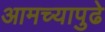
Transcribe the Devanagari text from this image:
आमच्यापुढे